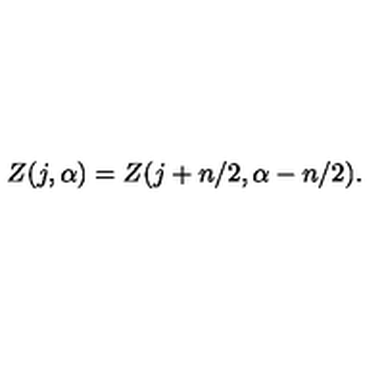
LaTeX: Z ( j , \alpha ) = Z ( j + n / 2 , \alpha - n / 2 ) .